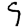
Digit: 9